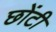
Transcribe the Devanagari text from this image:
छोंटी